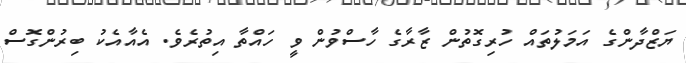
ޔަޒްދާންގެ އަމަލުތައް ހުރިގޮތުން ޒާރާގެ ހާސްވުން ވީ ހައްތާ އިތުރެވެ. އެއާއެކު ބިރުންގޮސް